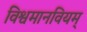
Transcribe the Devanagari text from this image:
विश्वमानवियम्